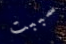
سببت